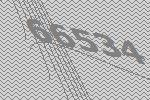
66534